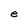
Character: e